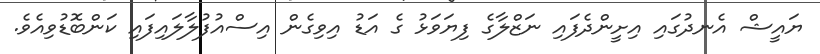
ޔައީޝް އެނދުގައި އިށީންދެފައި ނަޒްލާގެ ފިޔަވަޅު ގެ އަޑު އިވިގެން އިސްއުފުލާލައިފައި ކަންބޮޑުވިއެވެ.